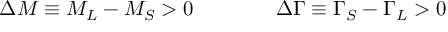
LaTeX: \Delta M \equiv M _ { L } - M _ { S } > 0 \qquad \qquad \Delta \Gamma \equiv \Gamma _ { S } - \Gamma _ { L } > 0